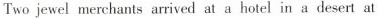
Two jewel merchants arrived at a hotel in a desert at